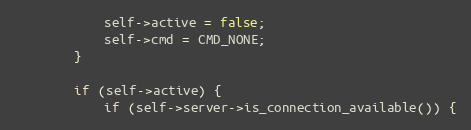
Language: C++
			self->active = false;
			self->cmd = CMD_NONE;
		}

		if (self->active) {
			if (self->server->is_connection_available()) {